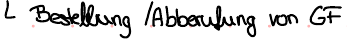
Bestellung / Abberufung von GF